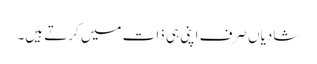
شادیاں صرف اپنی ہی ذات میں کرتے ہیں۔